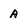
Character: A